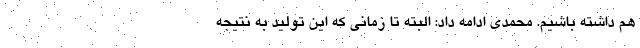
هم داشته باشیم. محمدی ادامه داد: البته تا زمانی که این تولید به نتیجه